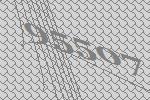
95507